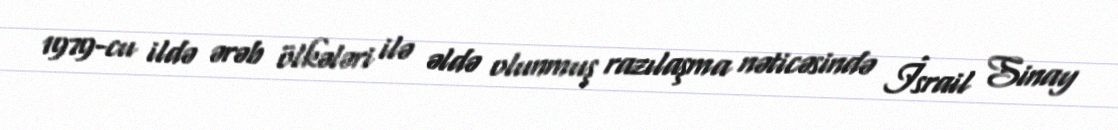
1979-cu ildə ərəb ölkələri ilə əldə olunmuş razılaşma nəticəsində İsrail Sinay